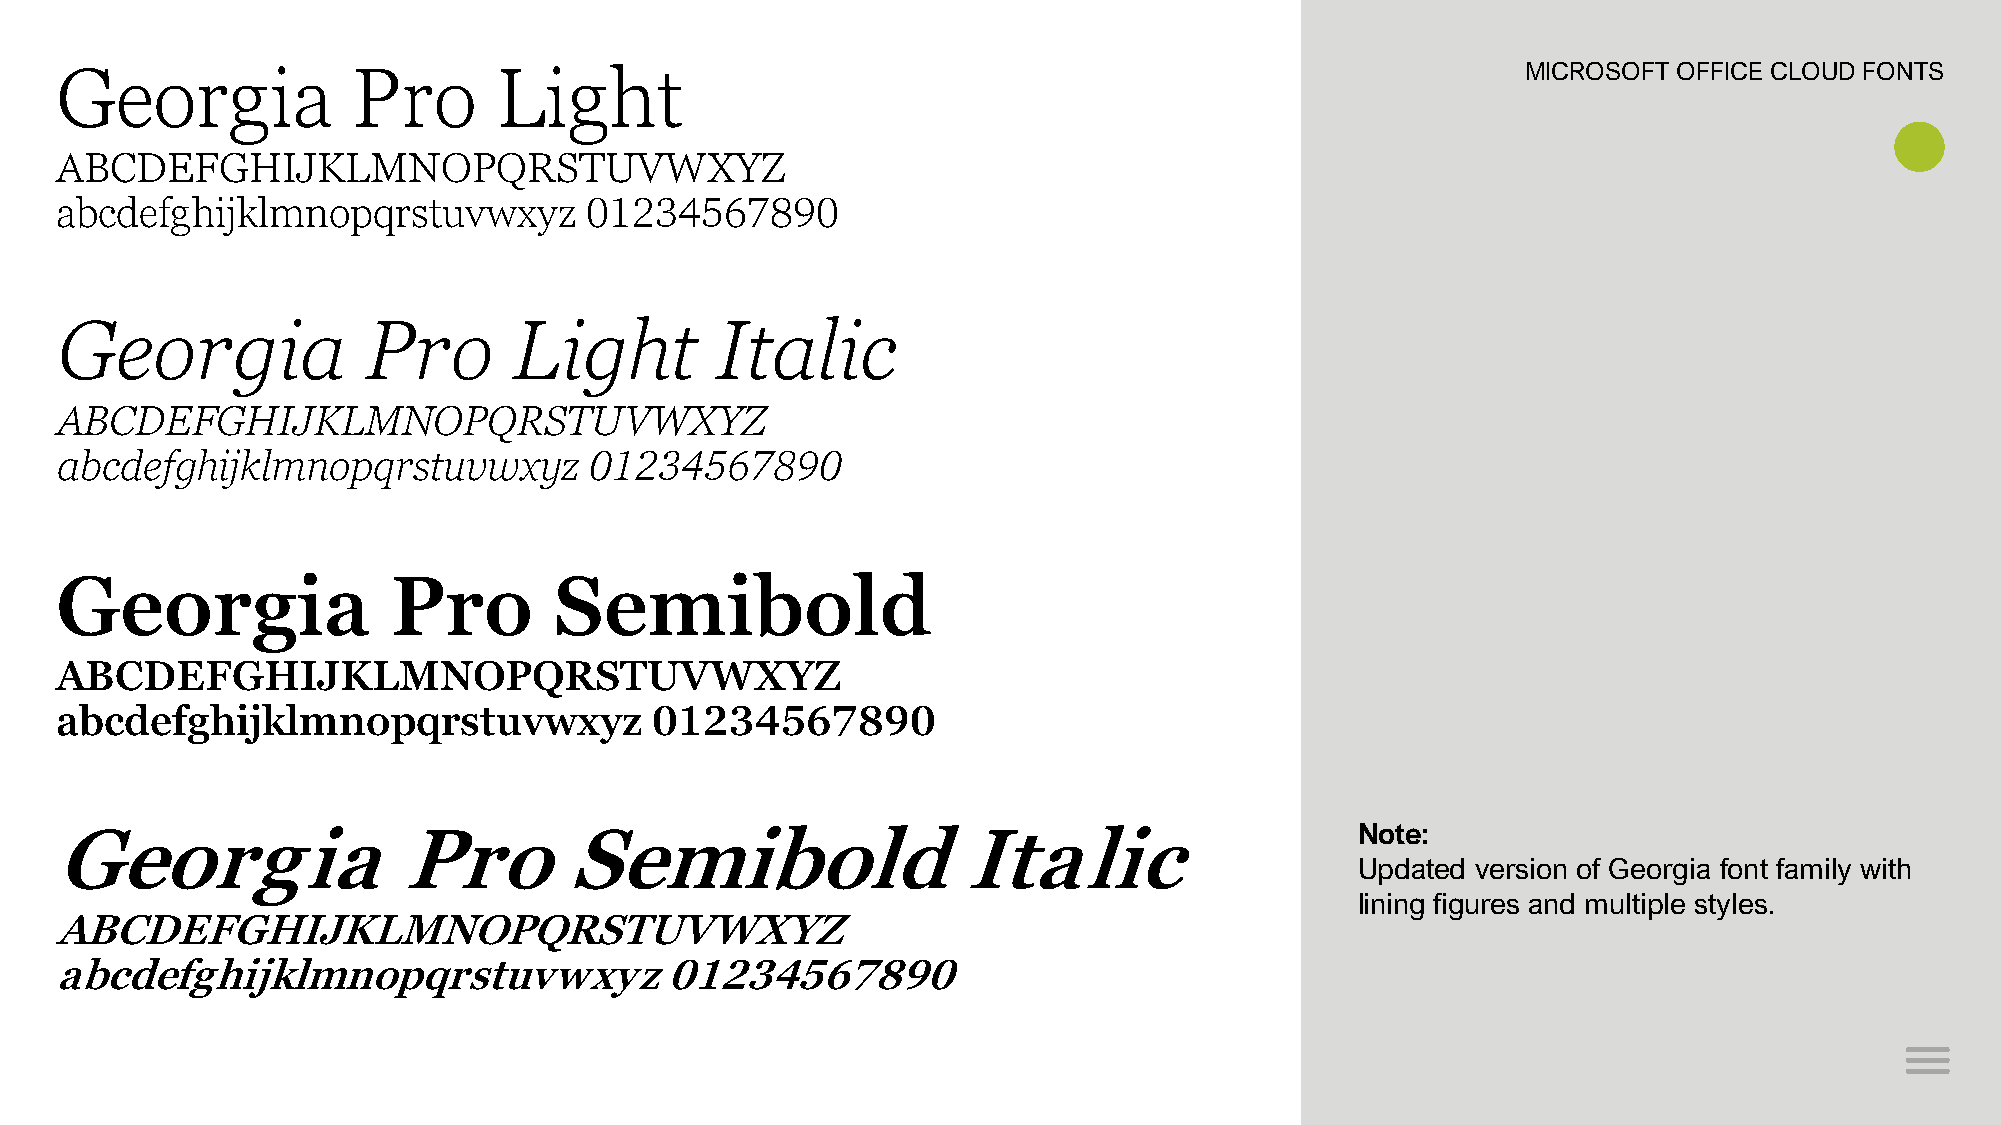
Georgia            Pro       Light                                                               MICROSOFT OFFICE CLOUD FONTS
 ABCDEFGHIJKLMNOPQRSTUVWXYZ
 abcdefghijklmnopqrstuvwxyz         01234567890
 Georgia             Pro       Light        Italic
 ABCDEFGHIJKLMNOPQRSTUVWXYZ
 abcdefghijklmnopqrstuvwxyz         01234567890
 Georgia               Pro        Semibold
 ABCDEFGHIJKLMNOPQRSTUVWXYZ
 abcdefghijklmnopqrstuvwxyz             01234567890
 Georgia                Pro        Semibold                   Italic                    Note:
 Updated version of Georgia font family with
 lining figures and multiple styles.
 ABCDEFGHIJKLMNOPQRSTUVWXYZ
 abcdefghijklmnopqrstuvwxyz              01234567890